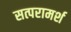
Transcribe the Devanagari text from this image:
सत्परामर्श